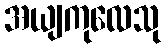
အယျကုလေသု